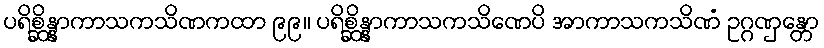
ပရိစ္ဆိန္နာကာသကသိဏကထာ ၉၉။ ပရိစ္ဆိန္နာကာသကသိဏေပိ အာကာသကသိဏံ ဥဂ္ဂဏှန္တော